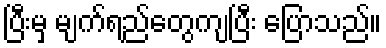
ပြီးမှ မျက်ရည်တွေကျပြီး ပြောသည်။